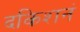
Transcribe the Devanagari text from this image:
दकिशनं